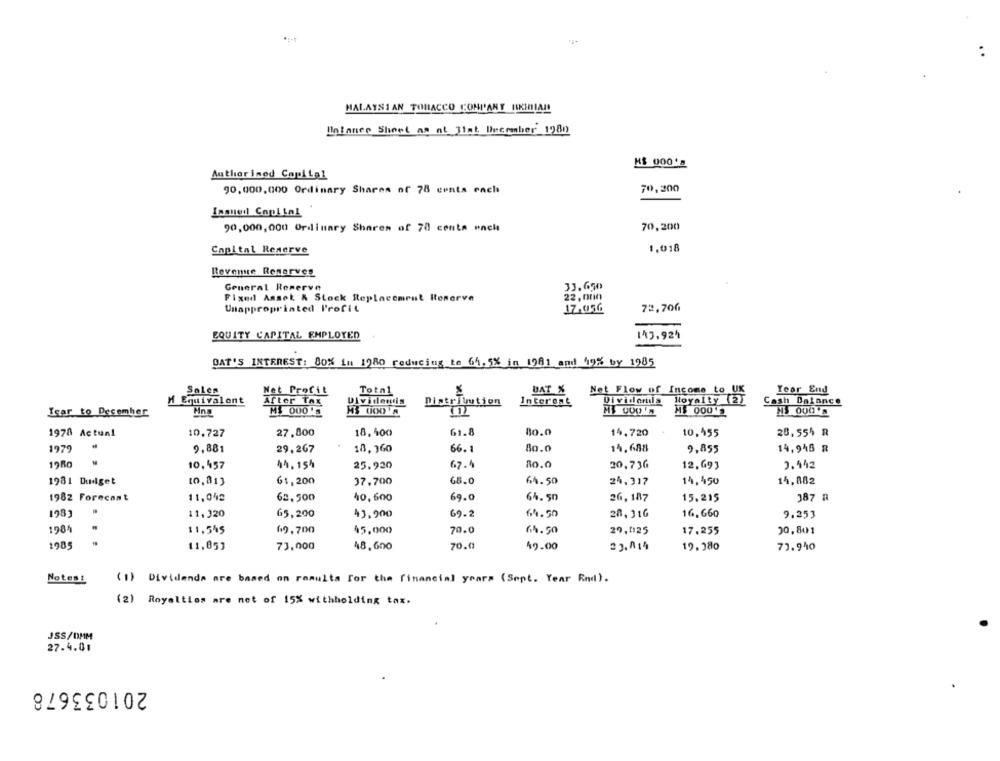
..
MALAYSIAN TOBACCO COMPANY ISKHILA !!
Balance Sheet as at 31at December 1980
K$ 000's
Author ised Capital
90,000,000 Ordinary Shares of 78 cents rach
70,200
Inmed Cool Lal
90,000,000 Ordinary Shares of 78 conta ench
70,200
Capital Reserve
1,018
Revente Renerves
General Reserve
33.650
Fixed Asset & Stock Replacement Reserve
22, 000
Unappropriated Profit
17.050
72,706
EQUITY CAPITAL EMPLOYED
143,924
DAT'S INTEREST: 80% in 1980 reducing to 64,5% in 1981 and 19% by 1985
Sales
DAT %
Net Flow of Income to UK
Year End
Net Profit
Total
M Equivalent
After TAX
Distribution
Interest
Royalty (2)
Cash Balance
Icar to December
MY CODE
M$ 000
M3 000
1978 Actual
10.727
27,800
18,400
61.8
80.0
14.720
10.455
20,554 R
1979
9.881
29.267
18,360
66.1
80.0
14,688
9,855
14,945 R
10,457
44.154
25.920
67.4
80.0
20,736
12,693
3.442
61,200
68.0
14,082
1981 Didget
10,813
37.700
64.50
24,317
14,450
1982 Forecast
11,042
62,500
40,600
69.0
64.50
26,187
15.215
387 a
11,320
65,200
43,900
69.2
64.50
20,31G
16.660
9.253
1984
11.545
69,700
45,000
70.0
64.50
29,025
17.255
30,801
1985
11,853
73,000
48,600
70.0
49.00
23.014
19. 380
73.940
(1) Dividends are based on ramulta for the financial years (Sept. Year Rnd).
(1)
Notest
(2) Royalties are net of 15% withholding tax.
JSS/0MM
27.4.01
201033678